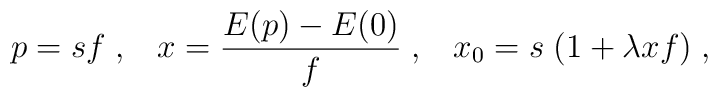
p = s f \; , \; \; \; x = \frac{E(p) - E(0)}{f} \; , \; \; \; x_0 = s \; (1 + \lambda x f) \; ,